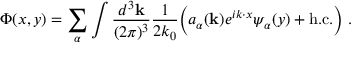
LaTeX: \Phi ( x , y ) = \sum _ { \alpha } \int \frac { d ^ { 3 } { \bf k } } { ( 2 \pi ) ^ { 3 } } \frac { 1 } { 2 k _ { 0 } } \biggl ( a _ { \alpha } ( { \bf k } ) e ^ { i k \cdot x } \psi _ { \alpha } ( y ) + \mathrm { h . c . } \biggr ) \ .